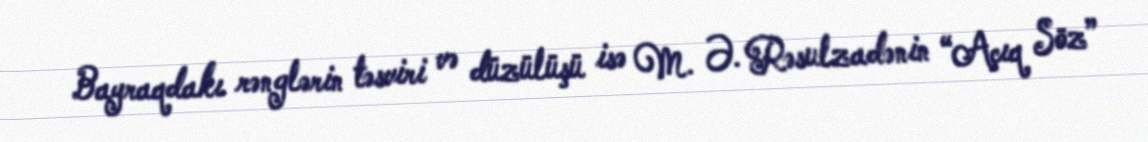
Bayraqdakı rənglərin təsviri və düzülüşü isə M. Ə. Rəsulzadənin “Açıq Söz”